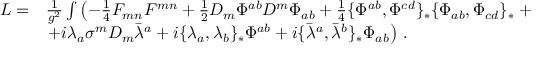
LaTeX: \begin{array} { r l } { { { \cal L } = } } & { { \frac { 1 } { g ^ { 2 } } \int \left( - \frac { 1 } { 4 } F _ { m n } F ^ { m n } + \frac { 1 } { 2 } D _ { m } \Phi ^ { a b } D ^ { m } \Phi _ { a b } + \frac { 1 } { 4 } \{ \Phi ^ { a b } , \Phi ^ { c d } \} _ { * } \{ \Phi _ { a b } , \Phi _ { c d } \} _ { * } \right. + } } \\ { { } } & { { \left. + i \lambda _ { a } \sigma ^ { m } D _ { m } \bar { \lambda } ^ { a } + i \{ \lambda _ { a } , \lambda _ { b } \} _ { * } \Phi ^ { a b } + i \{ \bar { \lambda } ^ { a } , \bar { \lambda } ^ { b } \} _ { * } \Phi _ { a b } \right) \, . } } \end{array}